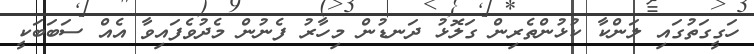
ހަގީގަތުގައި ލަންކާ ކުޅުންތެރިން ގަލޮޅު ދަނޑުން މިހާރު ފެނުން މެދުވެފައިވާ އެއް ސަބަބަކީ